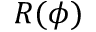
R ( \phi )